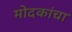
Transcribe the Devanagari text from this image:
मोदकांचा